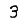
Digit: 3